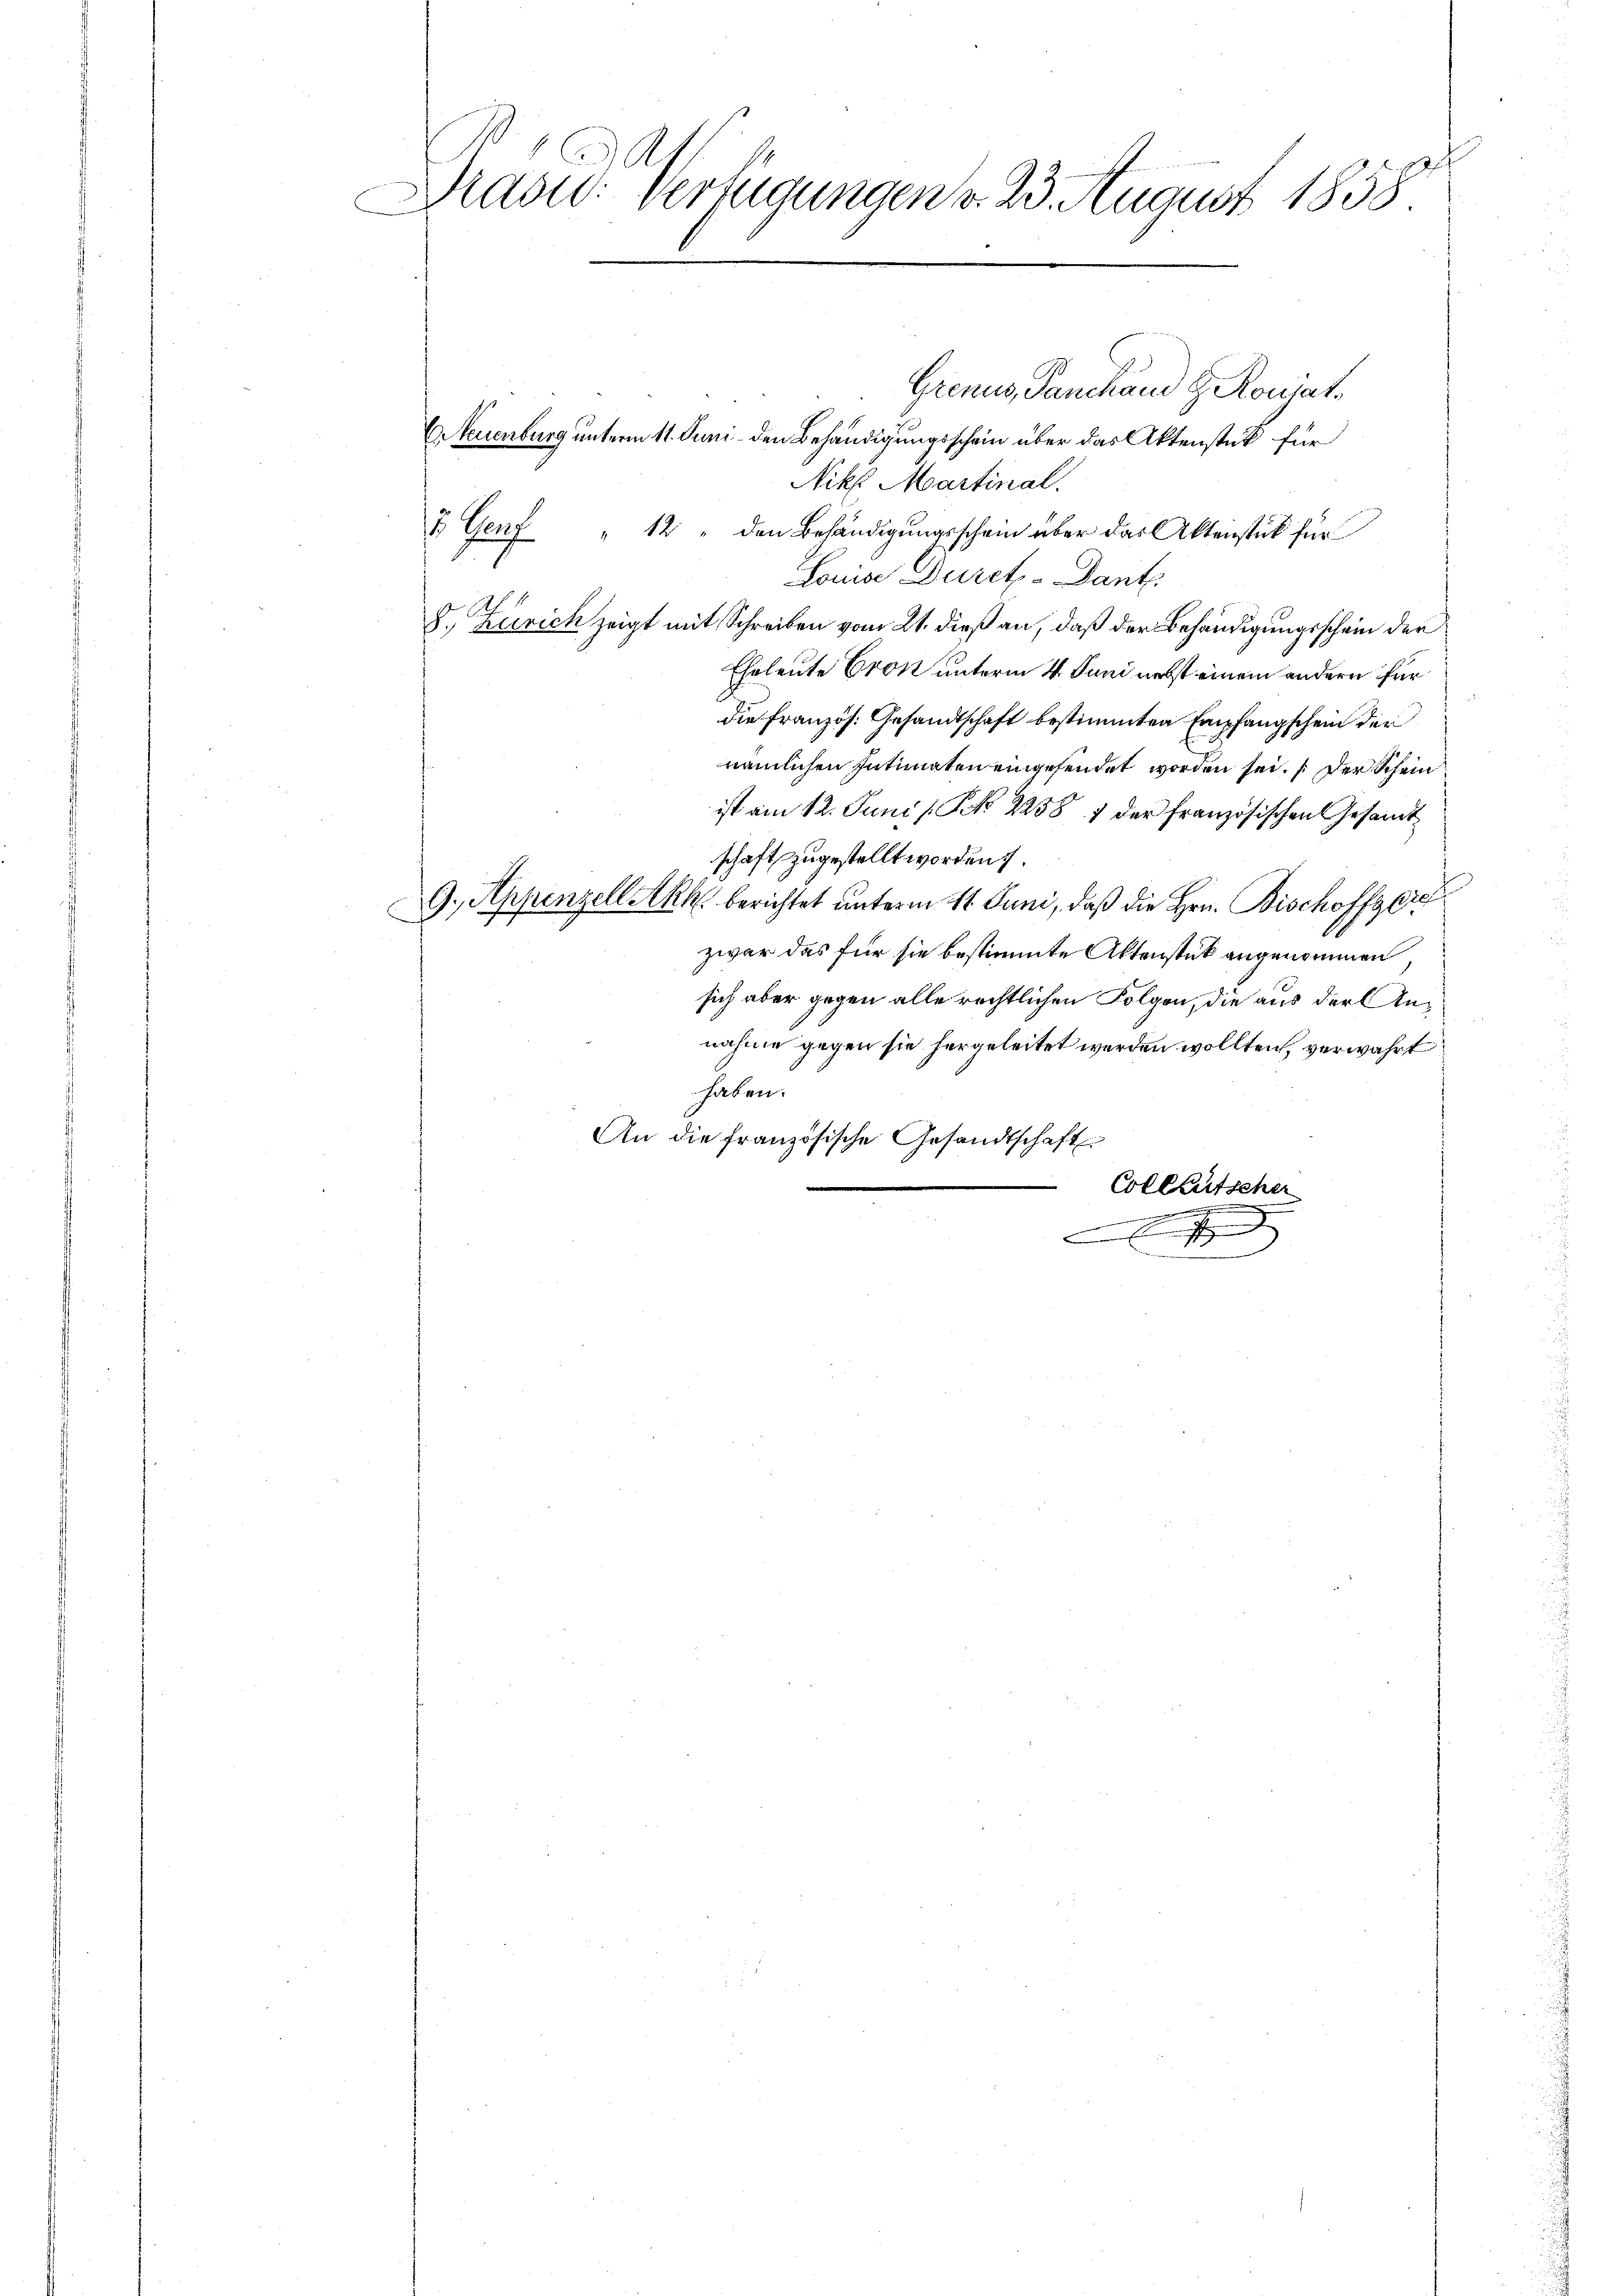
Präsid. Verfügungen v. 23. August 1858

Grenus, Panchand H. Ronjate
Er Neuenburg unterm 11. Juni den Behändigungsschein über das Aktenstück für
Nikl. Martinal.
& Genf " 12 " den Behändigungsschein über das Aktenstück für
Louise Durch - Dant.
8. Zürich zeigt mit Schreiben vom 21. dieß an, daß der Behändigungsschein der
Eheleute Cron unterm 4. Juni nebst einem andern für
die Französ. Gesandtschaft bestimmten Empfangschein der
nämlichen Intimaten eingesendet worden sei. Der Schein
ist am 12. Juni / NN 2258 1 der französischen Gesamt
schaft zugestellt worden.
9. Appenzell Akk berichtet unterm 11. Juni, daß die Hrn. Bischoffzeichzwar das für sie bestimmte Aktenstück angenommen,
sich aber gegen alle rechtlichen Folgen, die aus der Annahme gegen sie hergeleitet werden wollten, verwahrt
haben.
An die französische Gesandtschaft
Colletscher
 .......
x
t
.